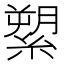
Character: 𦃗